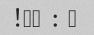
9 : 00!